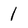
Character: 1